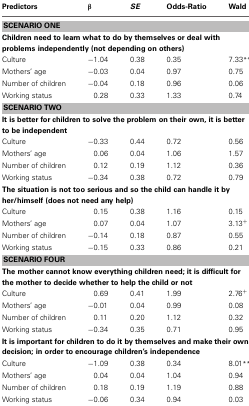
| Predictors | β | SE | Odds-Ratio | Wald |
 | --- | --- | --- | --- | --- |
 | <COLSPAN=5> SCENARIO ONE |
 | <COLSPAN=5> Children need to learn what to do by themselves or deal with problems independently (not depending on others) |
 | Culture | −1.04 | 0.38 | 0.35 | 7.33** |
 | Mothers' age | −0.03 | 0.04 | 0.97 | 0.75 |
 | Number of children | −0.04 | 0.18 | 0.96 | 0.06 |
 | Working status | 0.28 | 0.33 | 1.33 | 0.74 |
 | <COLSPAN=5> SCENARIO TWO |
 | <COLSPAN=5> It is better for children to solve the problem on their own, it is better to be independent |
 | Culture | −0.33 | 0.44 | 0.72 | 0.56 |
 | Mothers' age | 0.06 | 0.04 | 1.06 | 1.57 |
 | Number of children | 0.12 | 0.19 | 1.12 | 0.36 |
 | Working status | −0.34 | 0.38 | 0.72 | 0.79 |
 | <COLSPAN=5> The situation is not too serious and so the child can handle it by her/himself (does not need any help) |
 | Culture | 0.15 | 0.38 | 1.16 | 0.15 |
 | Mothers' age | 0.07 | 0.04 | 1.07 | 3.13+ |
 | Number of children | −0.14 | 0.18 | 0.87 | 0.55 |
 | Working status | −0.15 | 0.33 | 0.86 | 0.21 |
 | <COLSPAN=5> SCENARIO FOUR |
 | <COLSPAN=5> The mother cannot know everything children need; it is difficult for the mother to decide whether to help the child or not |
 | Culture | 0.69 | 0.41 | 1.99 | 2.76+ |
 | Mothers' age | −0.01 | 0.04 | 0.99 | 0.08 |
 | Number of children | 0.11 | 0.20 | 1.12 | 0.32 |
 | Working status | −0.34 | 0.35 | 0.71 | 0.95 |
 | <COLSPAN=5> It is important for children to do it by themselves and make their own decision; in order to encourage children's independence |
 | Culture | −1.09 | 0.38 | 0.34 | 8.01** |
 | Mothers' age | 0.04 | 0.04 | 1.04 | 0.94 |
 | Number of children | 0.18 | 0.19 | 1.19 | 0.88 |
 | Working status | −0.06 | 0.34 | 0.94 | 0.03 |